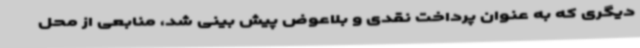
دیگری که به عنوان پرداخت نقدی و بلاعوض پیش بینی شد، منابعی از محل